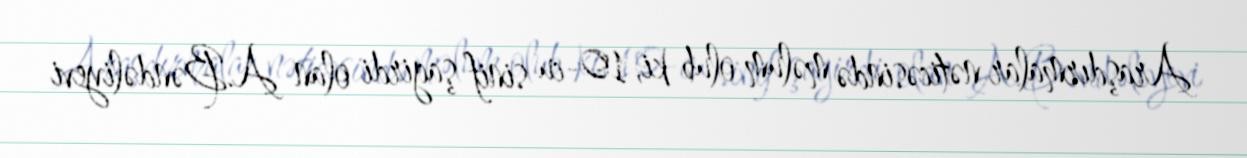
Araşdırmalar nəticəsində məlum olub ki, 10-cu sinif şagirdi olan A.Bəndəliyevi